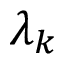
\lambda _ { k }